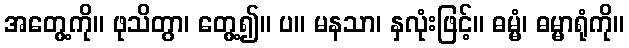
အတွေ့ကို။ ဖုသိတွာ၊ တွေ့၍။ ပ။ မနသာ၊ နှလုံးဖြင့်။ ဓမ္မံ၊ ဓမ္မာရုံကို။